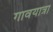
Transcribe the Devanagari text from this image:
गावयात्रा